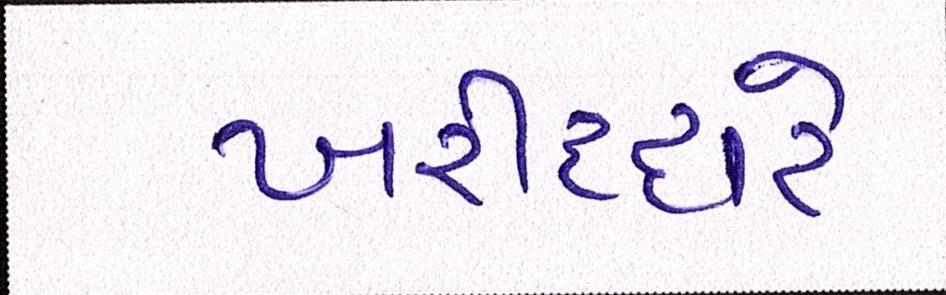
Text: ખરીદદારે